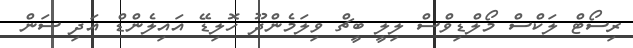
ރިސޯޓް ލަކްސް މޯލްޑިވްސް ލިލީ ބީޗް ވިލަމެންދޫ ހޮލިޑޭ އައިލެންޑް އަދި ސަން